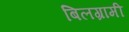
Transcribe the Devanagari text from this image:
बिलग्रामी